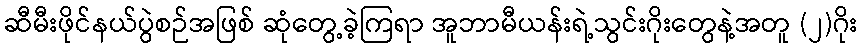
ဆီမီးဖိုင်နယ်ပွဲစဉ်အဖြစ် ဆုံတွေ့ခဲ့ကြရာ အူဘာမီယန်းရဲ့သွင်းဂိုးတွေနဲ့အတူ (၂)ဂိုး